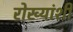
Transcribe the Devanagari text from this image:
रोख्यांशी